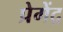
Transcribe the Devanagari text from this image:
प्रेगेंद्र